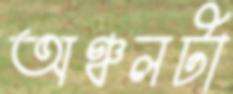
অঞ্চলটা